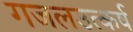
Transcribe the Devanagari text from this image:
गजलउत्कर्ष